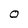
Character: O